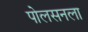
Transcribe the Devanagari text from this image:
पोलसनला